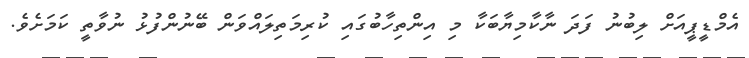
އެމްޑީޕީއަށް ލިބުނު ފަދަ ނާކާމިޔާބަކާ މި އިންތިހާބުގައި ކުރިމަތިލައްވަން ބޭނުންފުޅު ނުވާތީ ކަމަށެވެ.